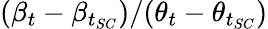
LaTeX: (\beta_{t}-\beta_{t_{SC}})/(\theta_{t}-\theta_{t_{SC}})